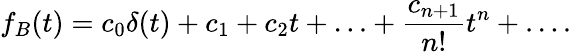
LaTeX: f_{B}(t)=c_{0}\delta(t)+c_{1}+c_{2}t+\ldots+{\frac{c_{n+1}}{n!}}t^{n}+\ldots.